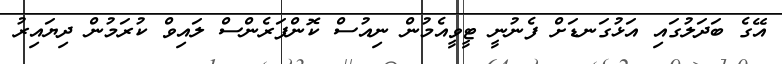
އޭގެ ބަދަލުގައި އަޅުގަނޑަށް ފެނުނީ ޓީވީއެމުން ނިއުސް ކޮންފަރެންސް ލައިވް ކުރަމުން ދިޔައިރު